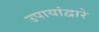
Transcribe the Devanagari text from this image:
उपायांद्वारे